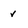
Character: v